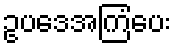
ဥပဒေအကြံပေး